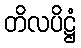
တိလပိဋ္ဌံ